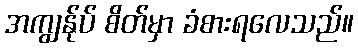
အကျွန်ုပ် စိတ်မှာ ခံစားရလေသည်။